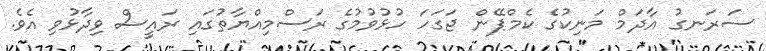
ސަރަނގު އާދަމް މަނިކުގެ ކެމްޕޭން ޖަގަހަ ހުޅުވުމުގެ ރަސްމިއްޔާތުގައި ރައީސް ވިދާޅުވި އެވެ.